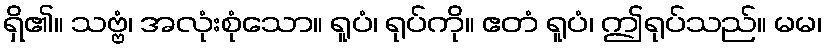
ရှိ၏။ သဗ္ဗံ၊ အလုံးစုံသော။ ရူပံ၊ ရုပ်ကို။ ဧတံ ရူပံ၊ ဤရုပ်သည်။ မမ၊